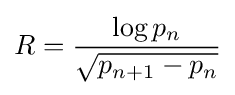
R={\frac {\log p_{n}}{\sqrt {p_{n+1}-p_{n}}}}